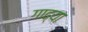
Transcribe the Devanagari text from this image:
गाढ्या